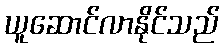
ယူဆောင်လာနိုင်သည်